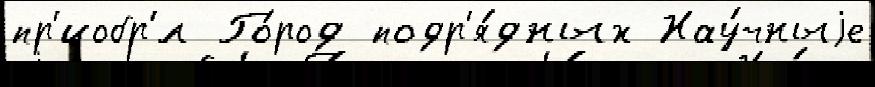
пр'иобр'́л Го́род подр'я́дных Нау́чныjе